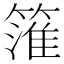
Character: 𥲱